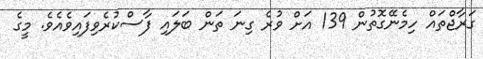
ގަރާޖްތައް ހިމެނޭގޮތުން 139 އަށް ވުރެ ގިނަ ތަން ބަލައި ފާސްކުރެވިފައިވެއެވެ. މީގެ